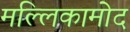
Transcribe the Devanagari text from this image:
मल्लिकामोद